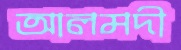
আলমদী